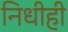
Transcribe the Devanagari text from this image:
निधीही